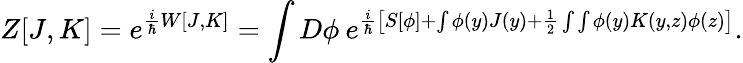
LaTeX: Z[J,K]=e^{\frac{i}{\hbar}W[J,K]}=\int D\phi\: e^{\frac{i}{\hbar}\left[S[\phi]+\int\phi(y)J(y)+\frac{1}{2}\int\int\phi(y)K(y,z)\phi(z)\right]}.